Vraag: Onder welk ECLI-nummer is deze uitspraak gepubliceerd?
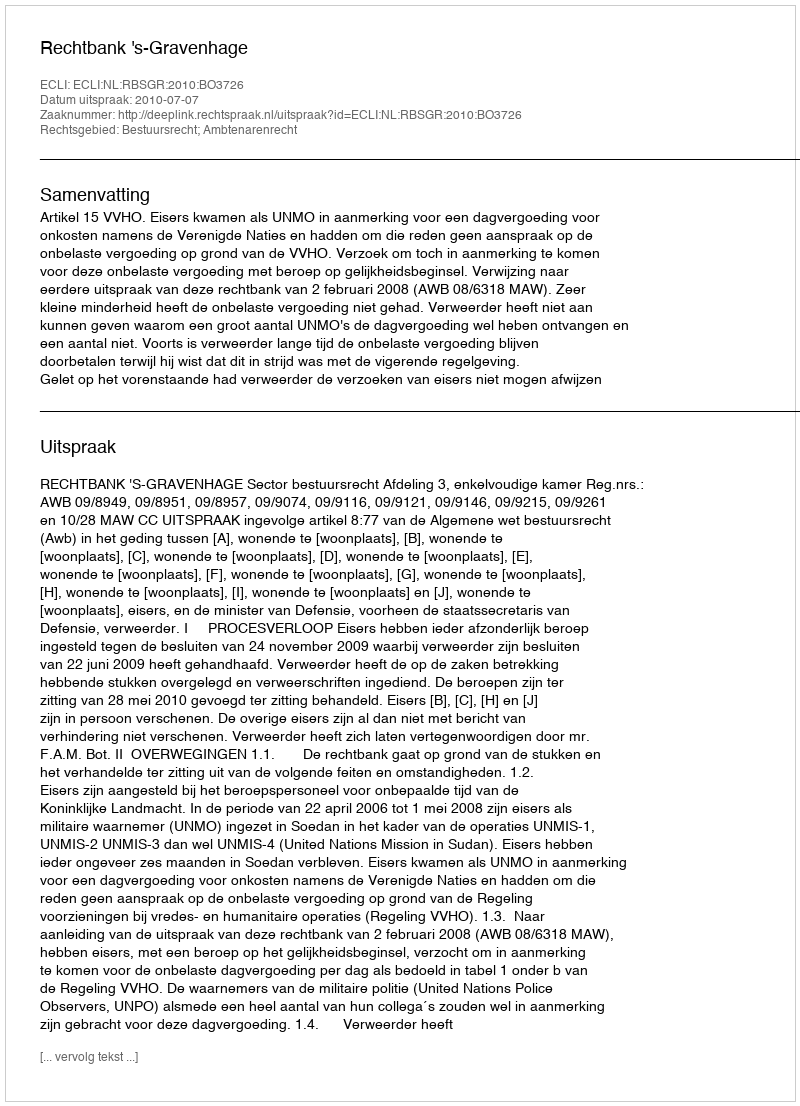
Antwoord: ECLI:NL:RBSGR:2010:BO3726